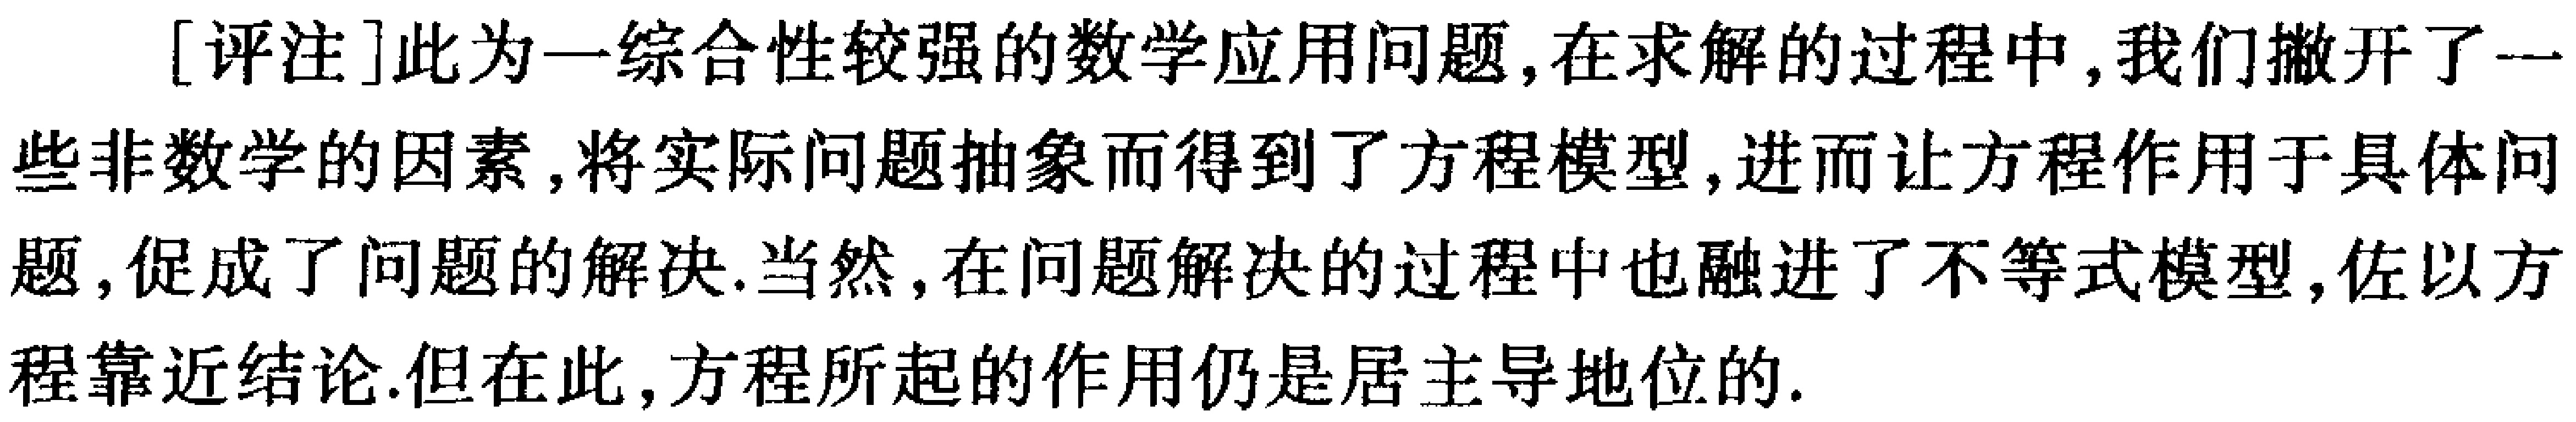
[评注]此为一综合性较强的数学应用问题,在求解的过程中,我们撇开了一些非数学的因素,将实际问题抽象而得到了方程模型,进而让方程作用于具体问题,促成了问题的解决.当然,在问题解决的过程中也融进了不等式模型,佐以方程靠近结论.但在此,方程所起的作用仍是居主导地位的.